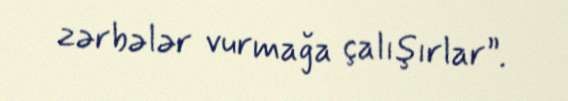
zərbələr vurmağa çalışırlar”.